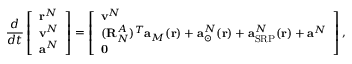
\frac { d } { d t } \left[ \begin{array} { l } { \mathbf { r } ^ { N } } \\ { \mathbf { v } ^ { N } } \\ { \mathbf { a } ^ { N } } \end{array} \right] = \left[ \begin{array} { l } { \mathbf { v } ^ { N } } \\ { ( \mathbf { R } _ { N } ^ { A } ) ^ { T } \mathbf { a } _ { M } ( \mathbf { r } ) + \mathbf { a } _ { \odot } ^ { N } ( \mathbf { r } ) + \mathbf { a } _ { \mathrm { S R P } } ^ { N } ( \mathbf { r } ) + \mathbf { a } ^ { N } } \\ { \mathbf { 0 } } \end{array} \right] ,